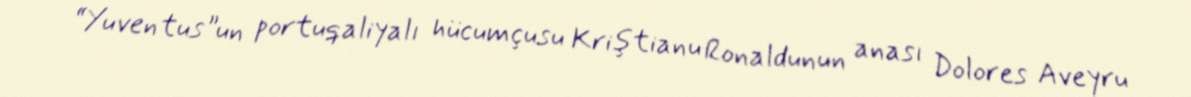
“Yuventus”un portuqaliyalı hücumçusu Kriştianu Ronaldunun anası Dolores Aveyru